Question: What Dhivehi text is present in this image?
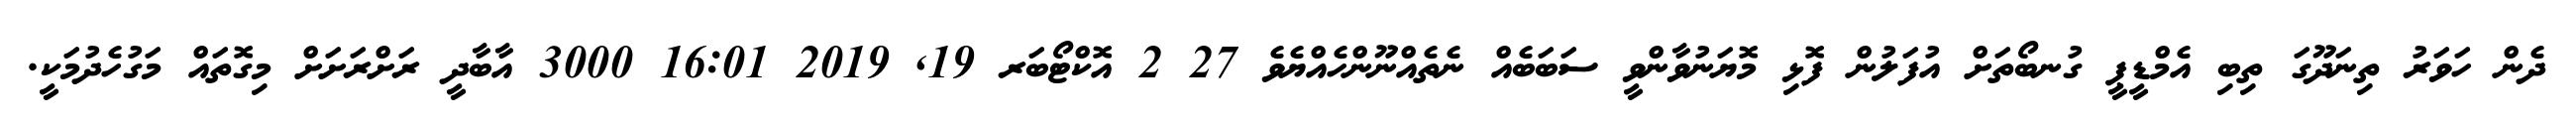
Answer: ދެން ހަވަރު ތިނަދޫގަ ތިބި އެމްޑީޕީ ގުނބޯތަށް އުފަލުން ފޮޅި މޮޔަނުވާންވީ ސަބަބެއް ނެތެއްނޫންހެއްޔެވެ 27 2 އޮކްޓޯބަރ 19, 2019 16:01 3000 އާބާދީ ރަށްރަށަށް މިގޮތައް މަގުހެދުމަކީ.